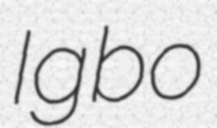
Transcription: Igbo